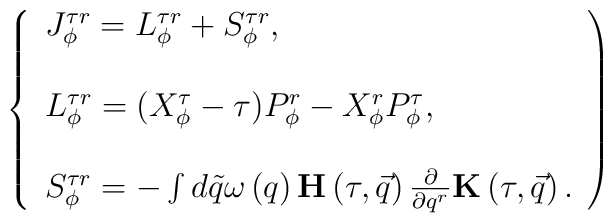
\left\{\begin{array}{l}J_{\phi}^{\tau r}=L_{\phi}^{\tau r}+S_{\phi}^{\tau r}, \\\\L_{\phi}^{\tau r}=(X_{\phi}^\tau -\tau )P_{\phi}^r-X_{\phi}^rP_{\phi}^\tau , \\\\S_{\phi}^{\tau r}=-\int d\tilde q\omega \left( q\right) {\bf H}\left( \tau ,\vec q\right) \frac \partial {\partial q^r}{\bf K}\left( \tau ,\vec q\right) .\end{array}\right)